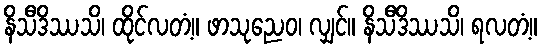
နိသီဒိဿသိ၊ ထိုင်လတံ့။ ဖာသုညေဝ၊ လျှင်။ နိသီဒိဿသိ၊ ရလတံ့။